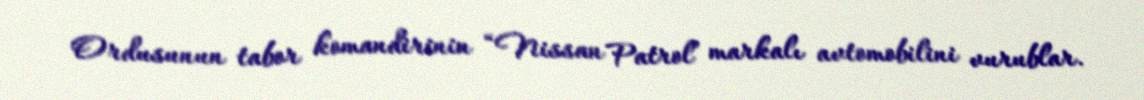
Ordusunun tabor komandirinin “Nissan Patrol” markalı avtomobilini vurublar.